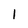
Character: 1